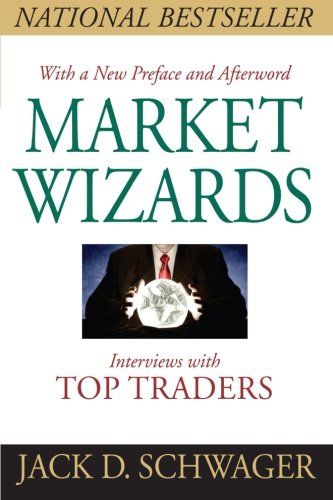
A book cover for Market Wizards, Updated: Interviews With Top Traders; Jack D. Schwager; Business & Money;